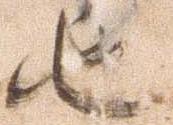
由